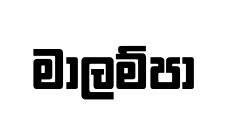
මාලම්පා